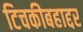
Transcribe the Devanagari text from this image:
टिचकीबहाद्दर